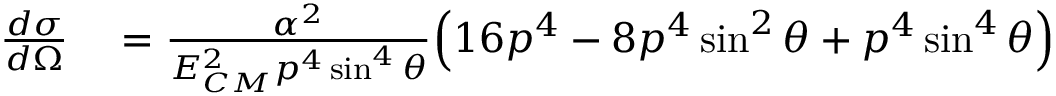
\begin{array} { r l } { { \frac { d \sigma } { d \Omega } } } & { { } = { \frac { \alpha ^ { 2 } } { E _ { C M } ^ { 2 } p ^ { 4 } \sin ^ { 4 } \theta } } { \Big ( } 1 6 p ^ { 4 } - 8 p ^ { 4 } \sin ^ { 2 } \theta + p ^ { 4 } \sin ^ { 4 } \theta { \Big ) } } \end{array}